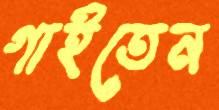
গাইতেন